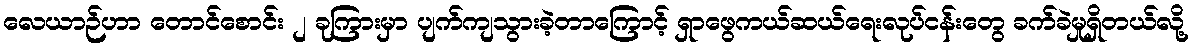
လေယာဉ်ဟာ တောင်စောင်း ၂ ခုကြားမှာ ပျက်ကျသွားခဲ့တာကြောင့် ရှာဖွေကယ်ဆယ်ရေးလုပ်ငန်းတွေ ခက်ခဲမှုရှိတယ်လို့